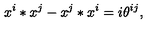
x ^ { i } * x ^ { j } - x ^ { j } * x ^ { i } = i \theta ^ { i j } ,